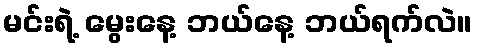
မင်းရဲ့ မွေးနေ့ ဘယ်နေ့ ဘယ်ရက်လဲ။